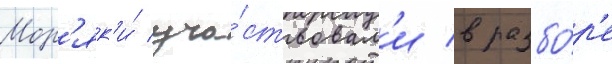
Мор'як'и́ уча́ствовал'и в разбо́р'е